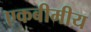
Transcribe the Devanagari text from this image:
एकबीमीय